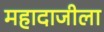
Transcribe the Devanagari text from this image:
महादाजीला